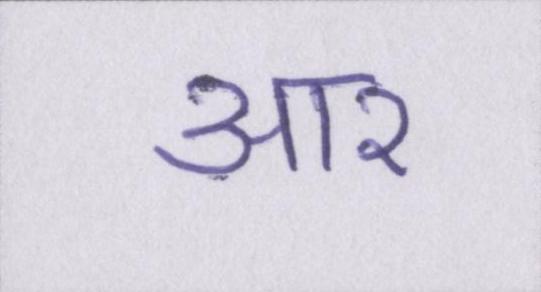
आर